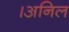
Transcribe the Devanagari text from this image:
।अनिल